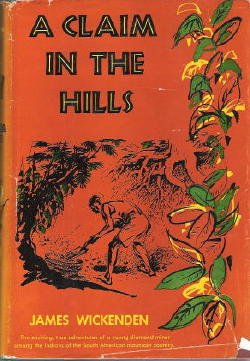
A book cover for A claim in the hills; James Wickenden; Travel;